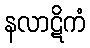
နလာဋိကံ